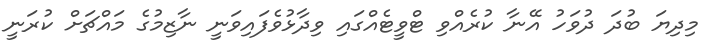
މިދިޔަ ބުދަ ދުވަހު އޭނާ ކުރެއްވި ޓްވީޓެއްގައި ވިދާޅުވެފައިވަނީ ނާޒިމުގެ މައްޗަށް ކުރަނީ